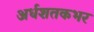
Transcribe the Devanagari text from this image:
अर्धशतकभर